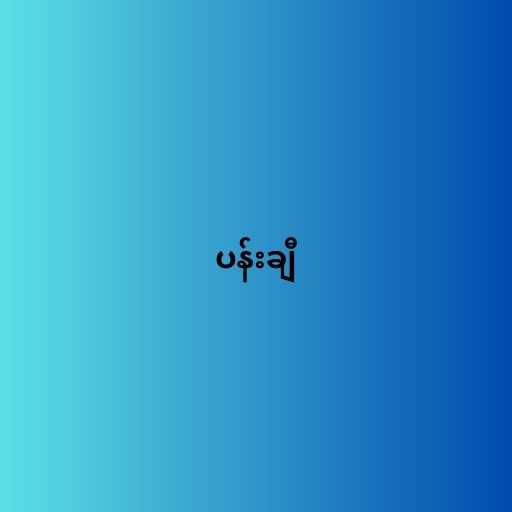
ပန်းချီ